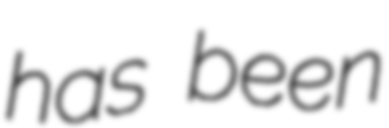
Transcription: has been